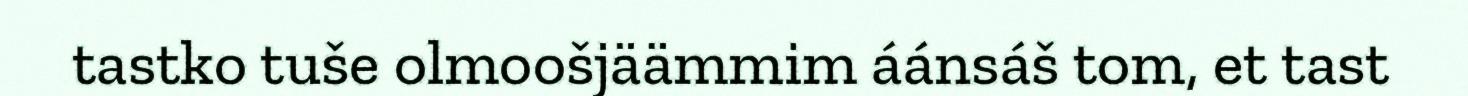
tastko tuše olmoošjäämmim áánsáš tom, et tast